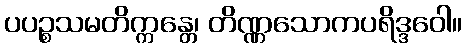
ပပဉ္စသမတိက္ကန္တေ၊ တိဏ္ဏသောကပရိဒ္ဒဝေါ။